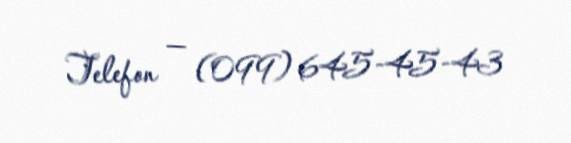
Telefon — (099) 645-45-43